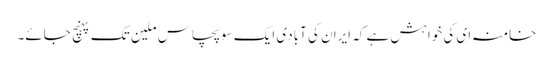
خامنہ ای کی خواہش ہے کہ ایران کی آبادی ایک سو پچاس ملین تک پہنچ جائے۔